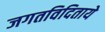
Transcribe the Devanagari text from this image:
जगतविदिताये